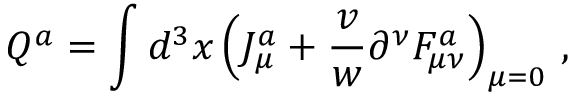
Q ^ { a } = \int d ^ { 3 } x \, \Bigl ( J _ { \mu } ^ { a } + { \frac { v } { w } } \partial ^ { \nu } F _ { \mu \nu } ^ { a } \Bigr ) _ { \mu = 0 } \ ,